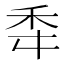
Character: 䄵